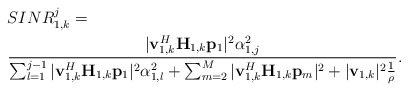
\begin{align*}&SINR^j_{1,k} =\\ & \frac{|\mathbf{v}_{1,k}^H\mathbf{H}_{1,k}\mathbf{p}_1 |^2 \alpha_{1,j}^2 }{ \sum^{j-1}_{l=1}|\mathbf{v}_{1,k}^H\mathbf{H}_{1,k}\mathbf{p}_1 |^2 \alpha_{1,l}^2 +\sum_{m=2}^{M}|\mathbf{v}_{1,k}^H\mathbf{H}_{1,k}\mathbf{p}_{m}|^2 +|\mathbf{v}_{1,k}|^2\frac{1}{\rho}}.\end{align*}